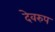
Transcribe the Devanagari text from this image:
देवरुप